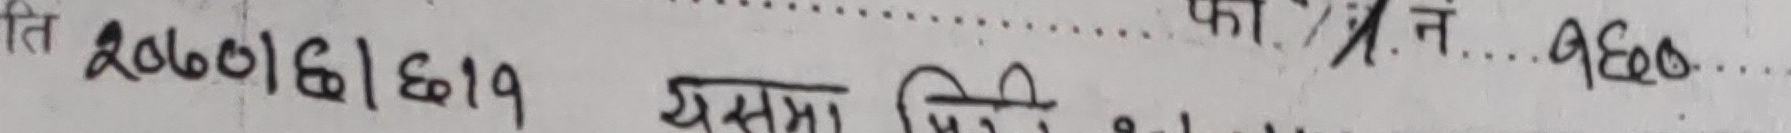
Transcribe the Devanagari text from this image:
ति २०७०।६।१९ सम्रक कि.न. q६०७...